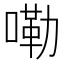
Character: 嘞